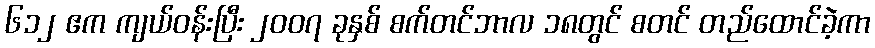
၆၁၂ ဧက ကျယ်ဝန်းပြီး ၂၀၀၇ ခုနှစ် စက်တင်ဘာလ ၁၈တွင် စတင် တည်ထောင်ခဲ့ကာ